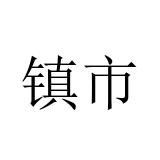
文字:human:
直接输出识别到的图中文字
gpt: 镇市